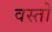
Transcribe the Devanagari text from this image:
वस्तो